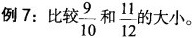
例7：比制\frac{9}{10}和\frac{11}{12}的大小。